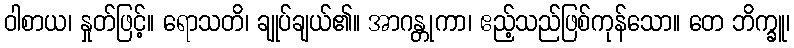
ဝါစာယ၊ နှုတ်ဖြင့်။ ရောသတိ၊ ချုပ်ချယ်၏။ အာဂန္တုကာ၊ ဧည့်သည်ဖြစ်ကုန်သော။ တေ ဘိက္ခူ၊